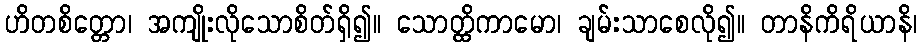
ဟိတစိတ္တော၊ အကျိုးလိုသောစိတ်ရှိ၍။ သောတ္ထိကာမော၊ ချမ်းသာစေလို၍။ တာနိကိရိယာနိ၊